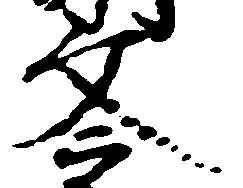
文